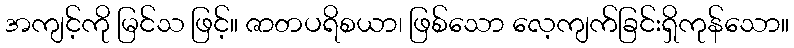
အကျင့်ကို မြင်သ ဖြင့်။ ဇာတပရိစယာ၊ ဖြစ်သော လေ့ကျက်ခြင်းရှိကုန်သော။